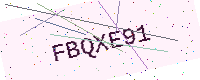
Text: FBQXE91